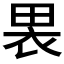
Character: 𫞫